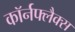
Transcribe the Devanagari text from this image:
कॉर्नफ्लैक्स